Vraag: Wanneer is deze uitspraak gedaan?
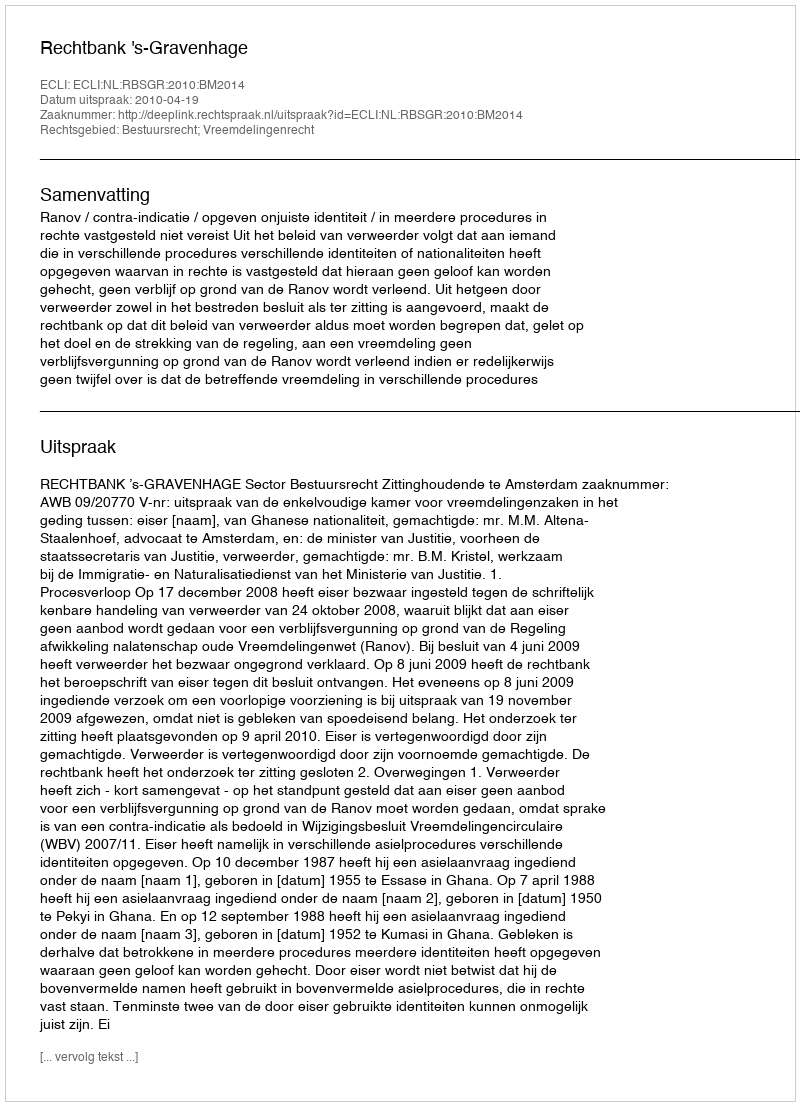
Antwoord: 2010-04-19